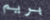
بريم